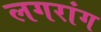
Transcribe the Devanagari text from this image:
लगरांग